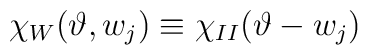
\chi _{W}(\vartheta ,w_{j})\equiv \chi _{II}(\vartheta -w_{j})